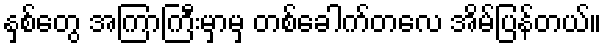
နှစ်တွေ အကြာကြီးမှာမှ တစ်ခေါက်တလေ အိမ်ပြန်တယ်။